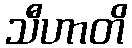
သီဟာတိ